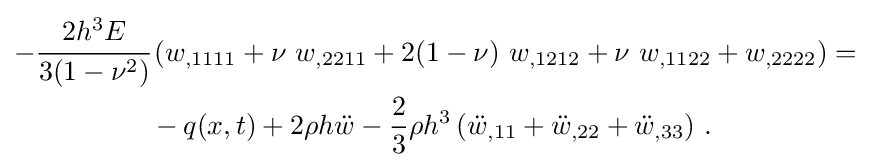
{\begin{aligned}-{\cfrac {2h^{3}E}{3(1-\nu ^{2})}}&\left(w_{,1111}+\nu ~w_{,2211}+2(1-\nu )~w_{,1212}+\nu ~w_{,1122}+w_{,2222}\right)=\\&-q(x,t)+2\rho h{\ddot {w}}-{\frac {2}{3}}\rho h^{3}\left({\ddot {w}}_{,11}+{\ddot {w}}_{,22}+{\ddot {w}}_{,33}\right)\,.\end{aligned}}